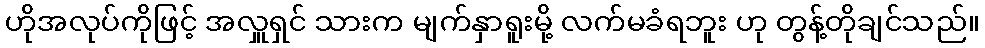
ဟိုအလုပ်ကိုဖြင့် အလှူရှင် သားက မျက်နှာရူးမို့ လက်မခံရဘူး ဟု တွန့်တိုချင်သည်။